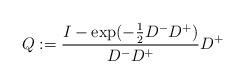
LaTeX: \begin{align*} Q:= \frac{I-\exp(-\frac{1}{2} D^- D^+)}{D^- D^+} D^+\end{align*}